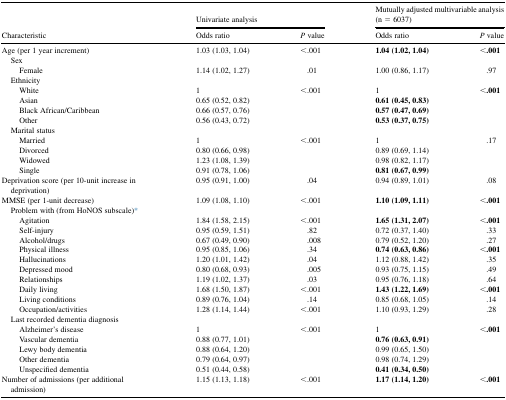
<table><thead><tr><td rowspan="2"><b>Characteristic</b></td><td colspan="2"><b>Univariate analysis</b></td><td colspan="2"><b>Mutually adjusted multivariable analysis (n = 6037)</b></td></tr><tr><td><b>Odds ratio</b></td><td><b><i>P</i> value</b></td><td><b>Odds ratio</b></td><td><b><i>P</i> value</b></td></tr></thead><tbody><tr><td>Age (per 1 year increment)</td><td>1.03 (1.03, 1.04)</td><td>&lt;.001</td><td><b>1.04 (1.02, 1.04)</b></td><td><b>&lt;.001</b></td></tr><tr><td> Sex</td><td></td><td></td><td></td><td></td></tr><tr><td> Female</td><td>1.14 (1.02, 1.27)</td><td>.01</td><td>1.00 (0.86, 1.17)</td><td>.97</td></tr><tr><td> Ethnicity</td><td></td><td></td><td></td><td></td></tr><tr><td> White</td><td>1</td><td rowspan="4">&lt;.001</td><td>1</td><td rowspan="4"><b>&lt;.001</b></td></tr><tr><td> Asian</td><td>0.65 (0.52, 0.82)</td><td><b>0.61 (0.45, 0.83)</b></td></tr><tr><td> Black African/Caribbean</td><td>0.66 (0.57, 0.76)</td><td><b>0.57 (0.47, 0.69)</b></td></tr><tr><td> Other</td><td>0.56 (0.43, 0.72)</td><td><b>0.53 (0.37, 0.75)</b></td></tr><tr><td> Marital status</td><td></td><td></td><td></td><td></td></tr><tr><td> Married</td><td>1</td><td rowspan="4">&lt;.001</td><td>1</td><td rowspan="4">.17</td></tr><tr><td> Divorced</td><td>0.80 (0.66, 0.98)</td><td>0.89 (0.69, 1.14)</td></tr><tr><td> Widowed</td><td>1.23 (1.08, 1.39)</td><td>0.98 (0.82, 1.17)</td></tr><tr><td> Single</td><td>0.91 (0.78, 1.06)</td><td><b>0.81 (0.67, 0.99)</b></td></tr><tr><td>Deprivation score (per 10-unit increase in deprivation)</td><td>0.95 (0.91, 1.00)</td><td>.04</td><td>0.94 (0.89, 1.01)</td><td>.08</td></tr><tr><td>MMSE (per 1-unit decrease)</td><td>1.09 (1.08, 1.10)</td><td>&lt;.001</td><td><b>1.10 (1.09, 1.11)</b></td><td><b>&lt;.001</b></td></tr><tr><td> Problem with (from HoNOS subscale)∗</td><td></td><td></td><td></td><td></td></tr><tr><td> Agitation</td><td>1.84 (1.58, 2.15)</td><td>&lt;.001</td><td><b>1.65 (1.31, 2.07)</b></td><td><b>&lt;.001</b></td></tr><tr><td> Self-injury</td><td>0.95 (0.59, 1.51)</td><td>.82</td><td>0.72 (0.37, 1.40)</td><td>.33</td></tr><tr><td> Alcohol/drugs</td><td>0.67 (0.49, 0.90)</td><td>.008</td><td>0.79 (0.52, 1.20)</td><td>.27</td></tr><tr><td> Physical illness</td><td>0.95 (0.85, 1.06)</td><td>.34</td><td><b>0.74 (0.63, 0.86)</b></td><td><b>&lt;.001</b></td></tr><tr><td> Hallucinations</td><td>1.20 (1.01, 1.42)</td><td>.04</td><td>1.12 (0.88, 1.42)</td><td>.35</td></tr><tr><td> Depressed mood</td><td>0.80 (0.68, 0.93)</td><td>.005</td><td>0.93 (0.75, 1.15)</td><td>.49</td></tr><tr><td> Relationships</td><td>1.19 (1.02, 1.37)</td><td>.03</td><td>0.95 (0.76, 1.18)</td><td>.64</td></tr><tr><td> Daily living</td><td>1.68 (1.50, 1.87)</td><td>&lt;.001</td><td><b>1.43 (1.22, 1.69)</b></td><td><b>&lt;.001</b></td></tr><tr><td> Living conditions</td><td>0.89 (0.76, 1.04)</td><td>.14</td><td>0.85 (0.68, 1.05)</td><td>.14</td></tr><tr><td> Occupation/activities</td><td>1.28 (1.14, 1.44)</td><td>&lt;.001</td><td>1.10 (0.93, 1.29)</td><td>.28</td></tr><tr><td> Last recorded dementia diagnosis</td><td></td><td></td><td></td><td></td></tr><tr><td> Alzheimer&#x27;s disease</td><td>1</td><td rowspan="5">&lt;.001</td><td>1</td><td rowspan="5"><b>&lt;.001</b></td></tr><tr><td> Vascular dementia</td><td>0.88 (0.77, 1.01)</td><td><b>0.76 (0.63, 0.91)</b></td></tr><tr><td> Lewy body dementia</td><td>0.88 (0.64, 1.20)</td><td>0.99 (0.65, 1.50)</td></tr><tr><td> Other dementia</td><td>0.79 (0.64, 0.97)</td><td>0.98 (0.74, 1.29)</td></tr><tr><td> Unspecified dementia</td><td>0.51 (0.44, 0.58)</td><td><b>0.41 (0.34, 0.50)</b></td></tr><tr><td>Number of admissions (per additional admission)</td><td>1.15 (1.13, 1.18)</td><td>&lt;.001</td><td><b>1.17 (1.14, 1.20)</b></td><td><b>&lt;.001</b></td></tr></tbody></table>